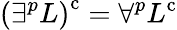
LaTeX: \left(\exists^{p}L\right)^{\mathrm{{c}}}=\forall^{p}L^{\mathrm{{c}}}